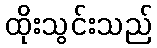
ထိုးသွင်းသည်